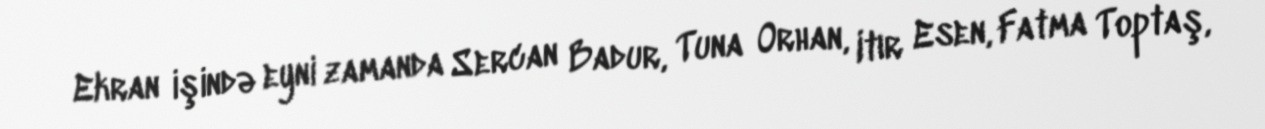
Ekran işində eyni zamanda Sercan Badur, Tuna Orhan, Itır Esen, Fatma Toptaş,